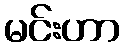
မင်းဟာ